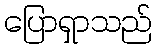
ပြောရှာသည်